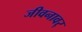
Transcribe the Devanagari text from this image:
जीवनावर्